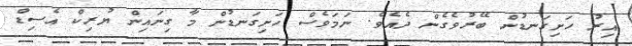
އިރު ހަށިގަނޑުން ބޭރުވެގެން ދެއެވެ. ނަމަވެސް ހަށިގަނޑުން މާ ގިނައިން ޔުރިކް އެސިޑް